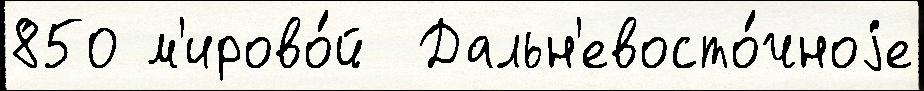
850 м'ирово́й  Дальн'евосто́чноjе